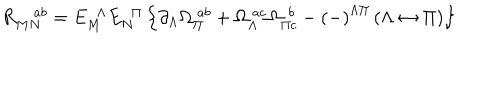
LaTeX: R _ { M N } ^ { a b } = E _ { M } ^ { \ \ \Lambda } E _ { N } ^ { \ \ \Pi } \left\{ \partial _ { \Lambda } \Omega _ { \Pi } ^ { \ a b } + \Omega _ { \Lambda } ^ { \ a c } \Omega _ { \Pi c } ^ { \ \, b } - \left( - \right) ^ { \Lambda \Pi } \left( \Lambda \leftrightarrow \Pi \right) \right\}